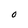
Character: O